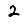
Digit: 2